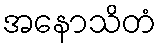
အနောသိတံ